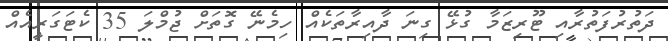
ދަތުރުފަތުރާއި ޓޫރިޒަމާ ގުޅޭ ގިނަ ދާއިރާތަކެއް ހިމެނޭ ގޮތަށް ޖުމްލަ 35 ކެޓަގަރީއެއް